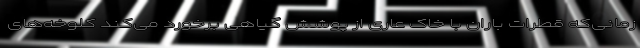
زمانی‌که قطرات باران با خاک عاری از پوشش گیاهی برخورد می‌کند کلوخه‌های